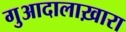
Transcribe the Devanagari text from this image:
गुआदालाख़ारा